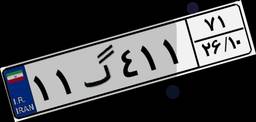
۱۱گ۴۱۱۷۱